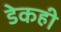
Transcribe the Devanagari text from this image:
डेकही